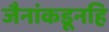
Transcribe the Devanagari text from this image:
जैनांकडूनहि